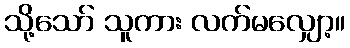
သို့သော် သူကား လက်မလျှော့။